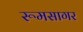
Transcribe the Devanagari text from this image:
रूमसागर